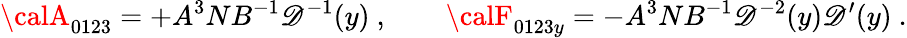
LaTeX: {\calA}_{0123}=+A^{3}NB^{-1}\mathscr{D}^{-1}(y)\ ,\ \ \ \ \ \ \ \ {\calF}_{0123y}=-A^{3}NB^{-1}\mathscr{D}^{-2}(y)\mathscr{D}^{\prime}(y)\ .